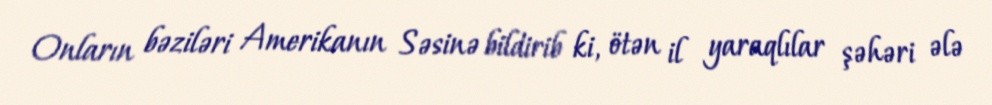
Onların bəziləri Amerikanın Səsinə bildirib ki, ötən il yaraqlılar şəhəri ələ